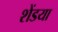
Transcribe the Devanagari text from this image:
शेंडया